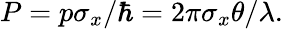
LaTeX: P=p\sigma_{x}/\hbar=2\pi\sigma_{x}\theta/\lambda.